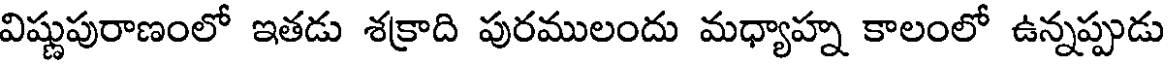
విష్ణుపురాణంలో ఇతడు శక్రాది పురములందు మధ్యాహ్న కాలంలో ఉన్నప్పుడు